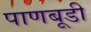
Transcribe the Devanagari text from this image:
पाणबूडी